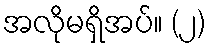
အလိုမရှိအပ်။ (၂)